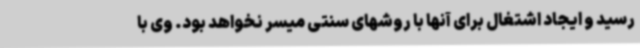
رسید و ایجاد اشتغال برای آنها با روشهای سنتی میسر نخواهد بود. وی با